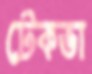
টেকভা